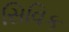
સિવિક